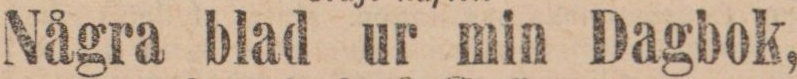
Några blad ur min Dagbok,